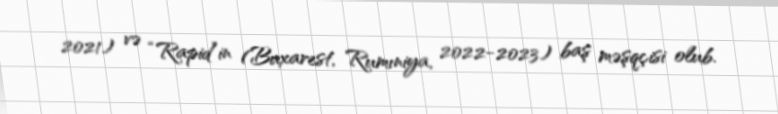
2021) və “Rapid”in (Buxarest, Rumıniya, 2022-2023) baş məşqçisi olub.